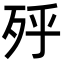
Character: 𣧯